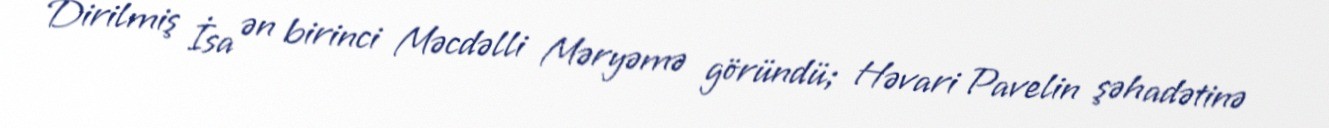
Dirilmiş İsa ən birinci Məcdəlli Məryəmə göründü; Həvari Pavelin şəhadətinə